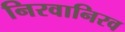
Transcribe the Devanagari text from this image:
निरवानिरव